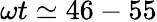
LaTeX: \omega t\simeq 46-55